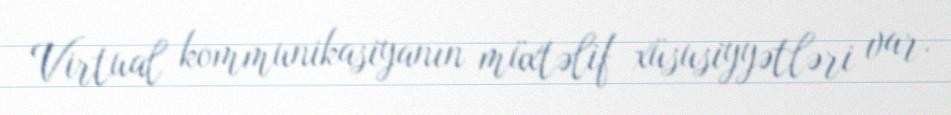
Virtual kommunikasiyanın müxtəlif xüsusiyyətləri var.